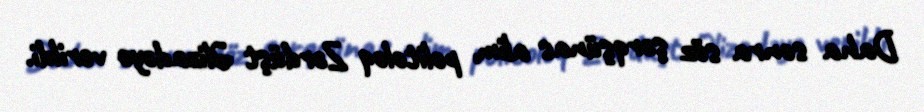
Daha sonra söz şərqşünas alim, politoloq Zərdüşt Əlizadəyə verildi.